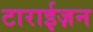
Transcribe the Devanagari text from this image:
टाराईज़न